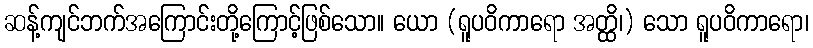
ဆန့်ကျင်ဘက်အကြောင်းတို့ကြောင့်ဖြစ်သော။ ယော (ရူပဝိကာရော အတ္ထိ၊) သော ရူပဝိကာရော၊